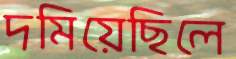
দমিয়েছিলে